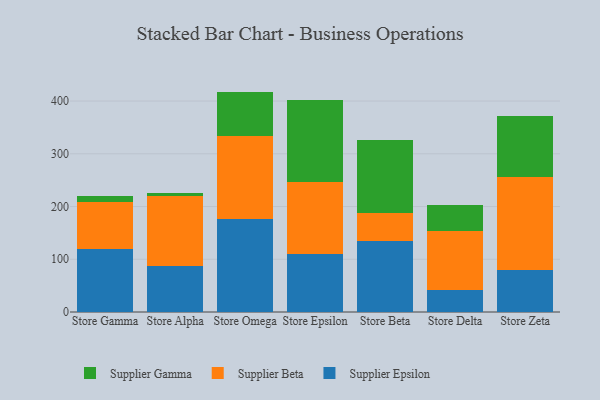
{"axis": {"x": "Store", "y": "Gross Profit (USD K)"}, "legend": ["Supplier Beta", "Supplier Epsilon", "Supplier Gamma"], "data": [{"x": "Store Gamma", "y": 119.5, "type": "Supplier Epsilon"}, {"x": "Store Gamma", "y": 88.6, "type": "Supplier Beta"}, {"x": "Store Gamma", "y": 11.8, "type": "Supplier Gamma"}, {"x": "Store Alpha", "y": 87.8, "type": "Supplier Epsilon"}, {"x": "Store Alpha", "y": 132.5, "type": "Supplier Beta"}, {"x": "Store Alpha", "y": 5.5, "type": "Supplier Gamma"}, {"x": "Store Omega", "y": 176.1, "type": "Supplier Epsilon"}, {"x": "Store Omega", "y": 156.9, "type": "Supplier Beta"}, {"x": "Store Omega", "y": 84.9, "type": "Supplier Gamma"}, {"x": "Store Epsilon", "y": 109.4, "type": "Supplier Epsilon"}, {"x": "Store Epsilon", "y": 136.2, "type": "Supplier Beta"}, {"x": "Store Epsilon", "y": 155.6, "type": "Supplier Gamma"}, {"x": "Store Beta", "y": 134.5, "type": "Supplier Epsilon"}, {"x": "Store Beta", "y": 53.1, "type": "Supplier Beta"}, {"x": "Store Beta", "y": 139.3, "type": "Supplier Gamma"}, {"x": "Store Delta", "y": 41.5, "type": "Supplier Epsilon"}, {"x": "Store Delta", "y": 111.8, "type": "Supplier Beta"}, {"x": "Store Delta", "y": 48.8, "type": "Supplier Gamma"}, {"x": "Store Zeta", "y": 80.1, "type": "Supplier Epsilon"}, {"x": "Store Zeta", "y": 176.8, "type": "Supplier Beta"}, {"x": "Store Zeta", "y": 113.9, "type": "Supplier Gamma"}]}